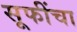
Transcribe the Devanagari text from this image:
सूफींचा